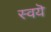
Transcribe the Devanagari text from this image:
स्वयॆ